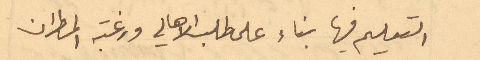
التعليم فيها بناء على طلب الاهالي ورغبة المطران